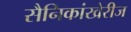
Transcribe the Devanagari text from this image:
सैनिकांखेरीज